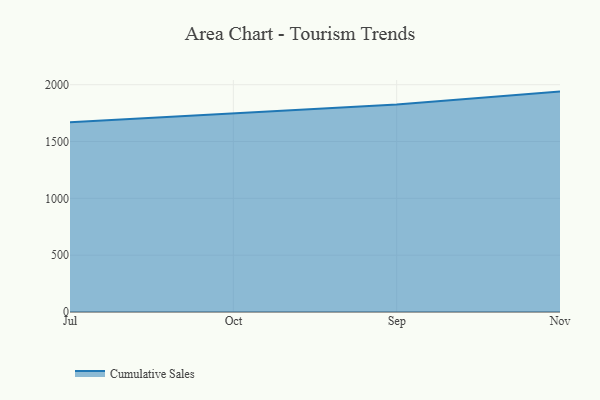
{"axis": {"x": "Month", "y": "Population (Million)"}, "legend": ["Cumulative Sales"], "data": [{"x": "Jul", "y": 1668.7, "type": "Cumulative Sales"}, {"x": "Oct", "y": 1750.2, "type": "Cumulative Sales"}, {"x": "Sep", "y": 1826.6, "type": "Cumulative Sales"}, {"x": "Nov", "y": 1939.3, "type": "Cumulative Sales"}]}